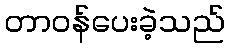
တာဝန်ပေးခဲ့သည်